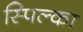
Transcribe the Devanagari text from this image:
स्पिल्का